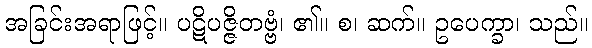
အခြင်းအရာဖြင့်။ ပဋိပဇ္ဇိတဗ္ဗံ၊ ၏။ စ၊ ဆက်။ ဥပေက္ခာ၊ သည်။